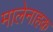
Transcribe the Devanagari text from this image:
मालेनाहक़